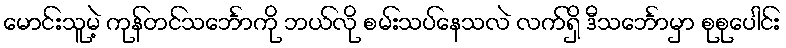
မောင်းသူမဲ့ ကုန်တင်သင်္ဘောကို ဘယ်လို စမ်းသပ်နေသလဲ လက်ရှိ ဒီသင်္ဘောမှာ စုစုပေါင်း